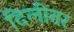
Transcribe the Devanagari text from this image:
दिलीतर